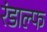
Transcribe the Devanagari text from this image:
रंडाल्फ